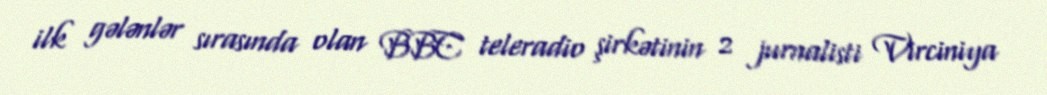
ilk gələnlər sırasında olan BBC teleradio şirkətinin 2 jurnalisti Virciniya